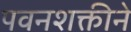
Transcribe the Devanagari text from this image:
पवनशक्तीने